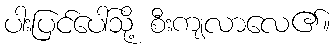
ပါးပြင်ပေါ်သို့ စီးကျလာလေ၏။